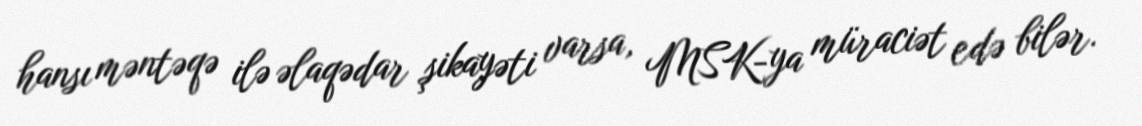
hansı məntəqə ilə əlaqədar şikayəti varsa, MSK-ya müraciət edə bilər.